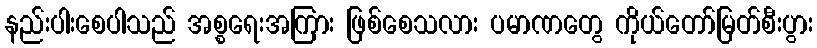
နည်းပါးစေပါသည် အစ္စရေးအကြား ဖြစ်စေသလား ပမာဏတွေ ကိုယ်တော်မြတ်စီးပွား